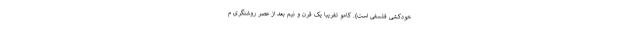
خودکشی فلسفی است). کامو تقریباً یک قرن و نیم بعد از عصر روشنگری م